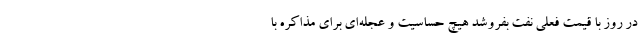
در روز با قیمت فعلی نفت بفروشد هیچ حساسیت و عجله‌ای برای مذاکره با